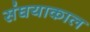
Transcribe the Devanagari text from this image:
संघयाकाल